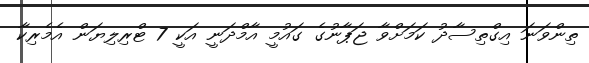
ތިންވަނަ އިގްތިސާދު ކަމަށްވާ ޖަޕާނުގެ ގައުމީ އާމްދަނީ އަކީ 7 ޓްރިލިޔަން އެމެރިކާ